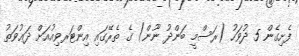
ފެށިގެން 5 ދުވަހު (ރަސްމީ ބަންދު ނޫން) ގެ ތެރޭގައި އިންޓަރވިއުއަށް ދަޢުވަތު